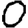
Digit: 0